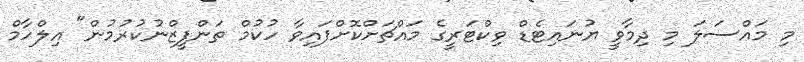
މި މައްސަލަ މި ދިމާވީ ޔުނައިޓެޑް ވިކްޓަރީގެ މައްޗަށްކޮށްފައިވާ ހުކުމް ތަންފީޒްނުކުރުމުން" އިލްހާމް